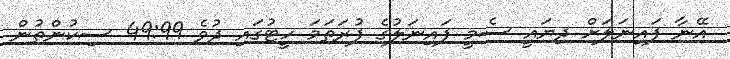
އޭނާ ފައިނަލަށް ދިޔައީ ސެމީ ފައިނަލުގެ ފުރަތަމަ ހީޓުގައި ދުވެ 49:99 ސިކުންތުން